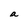
Character: a